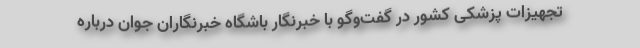
تجهیزات پزشکی کشور در گفت‌وگو با خبرنگار باشگاه خبرنگاران جوان درباره